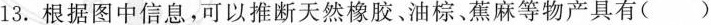
13.根据图中信息，可以推断天然橡胶、油棕、蕉麻等物产具有（）